Problem: 30 + 45 = ?
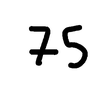
Handwritten answer: 75